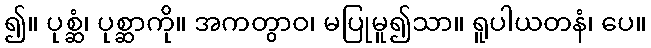
၍။ ပုစ္ဆံ၊ ပုစ္ဆာကို။ အကတွာဝ၊ မပြုမူ၍သာ။ ရူပါယတနံ၊ ပေ။